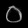
Digit: ၀